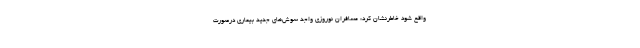
واقع شود خاطرنشان کرد: مسافران نوروزی واجد سوش‌های جدید بیماری درصورت